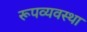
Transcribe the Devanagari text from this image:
रूपव्यवस्था